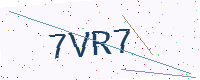
Text: 7VR7